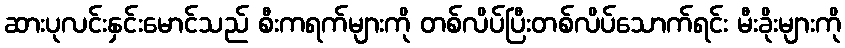
ဆားပုလင်းနှင်းမောင်သည် စီးကရက်များကို တစ်လိပ်ပြီးတစ်လိပ်သောက်ရင်း မီးခိုးများကို